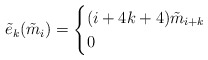
\begin{align*}\tilde e_k(\tilde m_i)=\begin{cases} (i+4k+4)\tilde m_{i+k}&\\ 0& \end{cases}\end{align*}